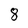
Character: 8